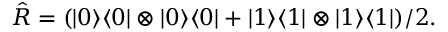
\hat { R } = ( \vert 0 \rangle \langle 0 \vert \otimes \vert 0 \rangle \langle 0 \vert + \vert 1 \rangle \langle 1 \vert \otimes \vert 1 \rangle \langle 1 \vert ) / 2 .